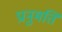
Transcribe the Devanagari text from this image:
प्रानुमति